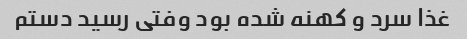
غذا سرد و کهنه شده بود وفتی رسید دستم